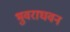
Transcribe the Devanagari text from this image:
भुवराघवन